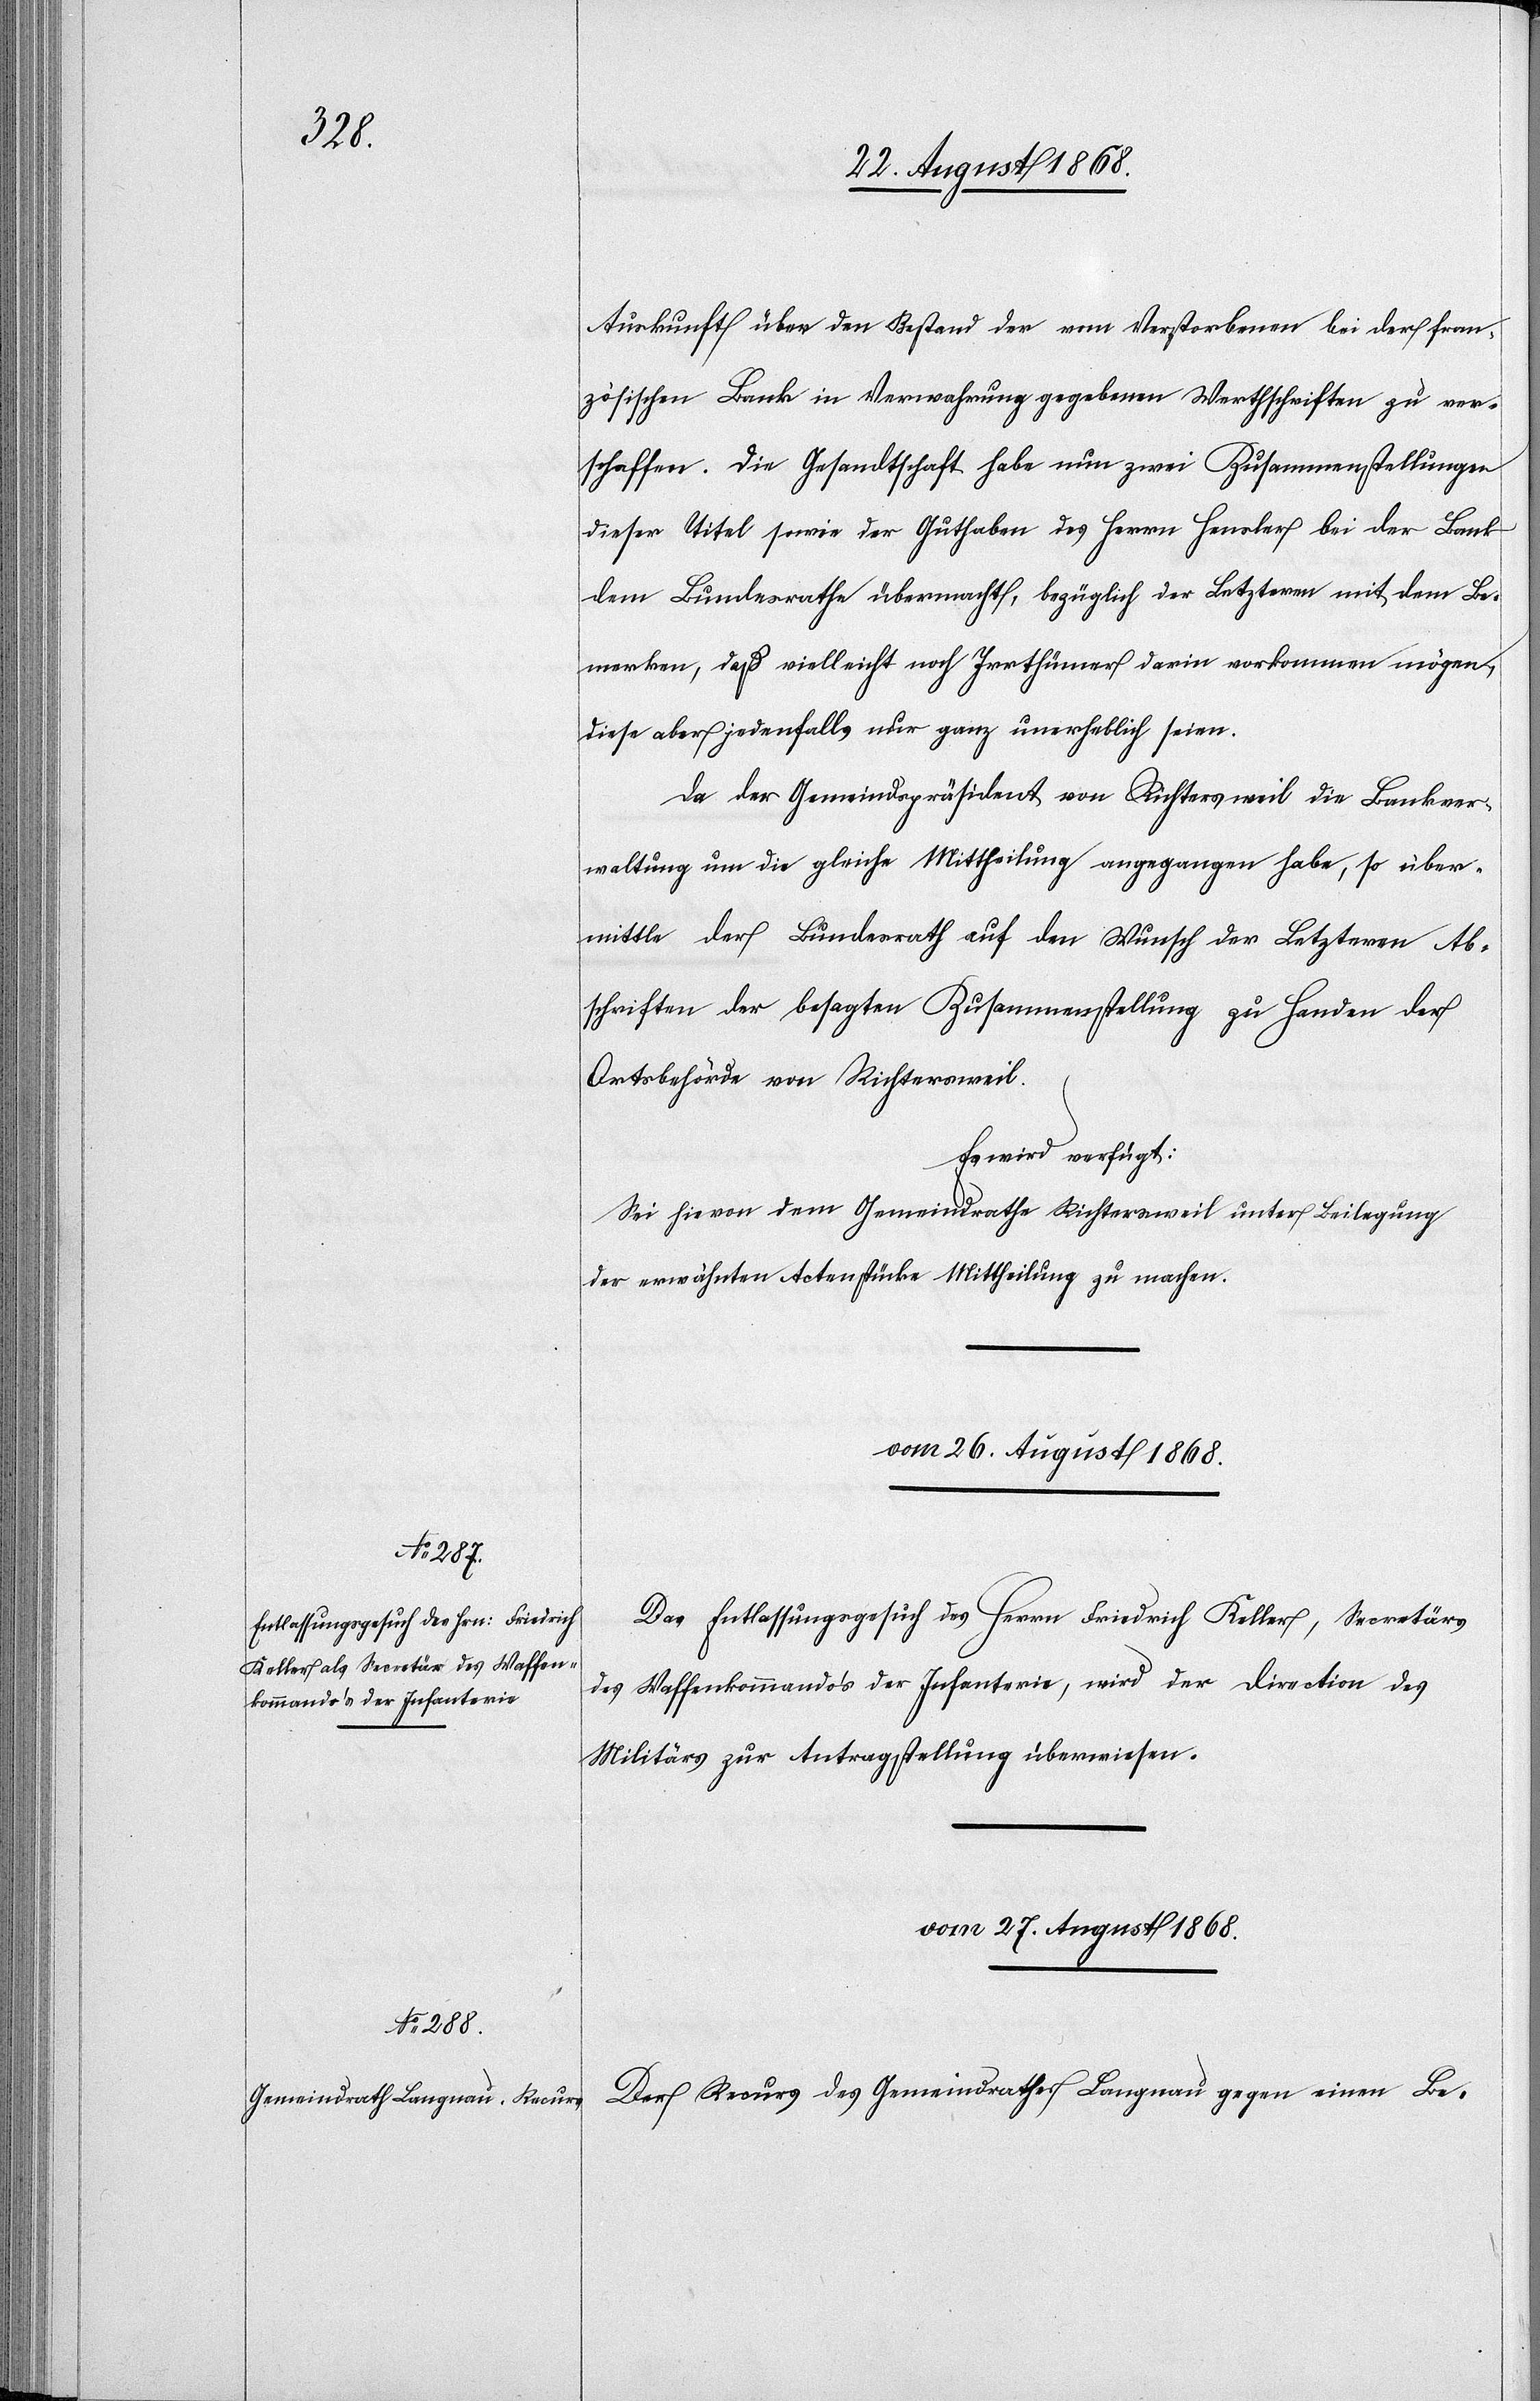
Auskunft über den Bestand der vom Verstorbenen bei der fran¬
zösischen Bank in Verwahrung gegebenen Werthschriften zu ver¬
schaffen. Die Gesandtschaft habe nun zwei Zusammenstellungen
dieser Titel sowie der Guthaben des Herrn Hensler bei der Bank
dem Bundesrathe übermacht, bezüglich der Letzteren mit dem Be¬
merken, daß vielleicht noch Irrthümer darin vorkommen mögen,
diese aber jedenfalls nur ganz unerheblich seien.
Da der Gemeindspräsident von Richtersweil die Bankver¬
waltung um die gleiche Mittheilung angegangen habe, so über¬
mittle der Bundesrath auf den Wunsch der Letzteren Ab¬
schriften der besagten Zusammenstellung zu Handen der
Ortsbehörde von Richtersweil.
Es wird verfügt:
Sei hievon dem Gemeindrathe Richtersweil unter Beilegung
der erwähnten Actenstücke Mittheilung zu machen.
vom 26. August 1868.
Das Entlassungsgesuch des Herrn Friedrich Keller, Secretärs
des Waffenkommando’s der Infanterie, wird der Direction des
Militärs zur Antragstellung überwiesen.
vom 27. August 1868.
Der Recurs des Gemeindrathes Langnau gegen einen Be-